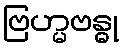
ဗြဟ္မဗန္ဓု